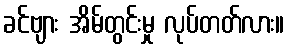
ခင်ဗျား အိမ်တွင်းမှု လုပ်တတ်လား။